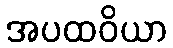
အပထဝိယာ